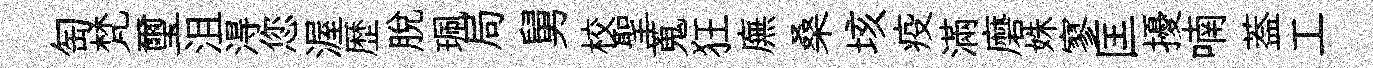
匋梵璽沮淂您渥歴脱珮局舅校聖蒐狂廡桑垓疫滿磨姝寥匡擾喃葢工